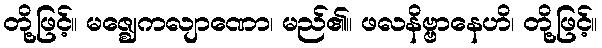
တို့ဖြင့်။ မဇ္ဈေကလျာဏော၊ မည်၏။ ဖလနိဗ္ဗာနေဟိ၊ တို့ဖြင့်။